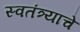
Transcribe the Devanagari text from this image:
स्वतंत्र्याचे